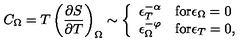
C _ { \Omega } = T \left( \frac { \partial S } { \partial T } \right) _ { \Omega } \sim \left\{ \begin{array} { l l } { \epsilon _ { T } ^ { - \alpha } } & { \mathrm { f o r } \epsilon _ { \Omega } = 0 } \\ { \epsilon _ { \Omega } ^ { - \varphi } } & { \mathrm { f o r } \epsilon _ { T } = 0 , } \\ \end{array} \right.